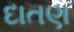
દાતણ